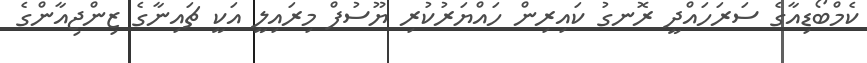
ކެމްބޯޑިއާގެ ސަރަހައްދީ ރޮނގު ކައިރިން ހައްޔަރުކުރި ޔޫސުފް މިރައިލީ އަކީ ޗައިނާގެ ޒިންޖިއާންގެ